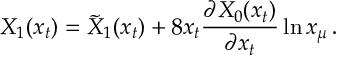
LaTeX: X _ { 1 } ( x _ { t } ) = \tilde { X } _ { 1 } ( x _ { t } ) + 8 x _ { t } { \frac { \partial X _ { 0 } ( x _ { t } ) } { \partial x _ { t } } } \ln x _ { \mu } \, .